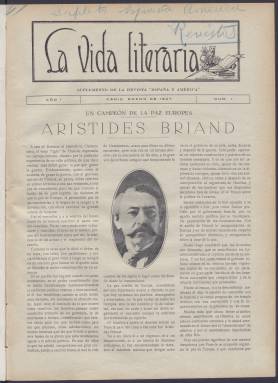
Título: La Vida literaria (Cádiz)
Colección: Literatura
Ámbito geográfico: Cádiz
Lugar de publicación: Cádiz
Fechas: 01/01/1927-30/06/1936

Esta revista mensual aparecida en 1927 era el suplemento literario de otra titulada España y América que buscaba un acercamiento y una mejora de relaciones de todo tipo entre la Península y las repúblicas del otro lado del Atlántico. El director de ambas publicaciones era Eduardo de Ory, literato de vocación americanista y amigo de escritores hispanoamericanos que participó también en otras iniciativas culturales en su Cádiz natal.

 La vida literaria era continuación de Literatura hispano-americana, el primer suplemento que tuvo la revista España y América y en el que había colaborado el poeta Rubén Darío, entre otros personajes hispanoamericanos, dado que ambos suplementos prestarían más atención a la vida intelectual latinoamericana que a la propiamente española.

  Eduardo de Ory fue autor de catorce libros de poesía, entre otras obras en prosa, y fundó las revistas modernistas Azul y Diana. Estudió la vida y obra de su amigo Rubén Darío y dedicó trabajos a otros poetas como Amado Nervo. En la revista solía escribir con el seudónimo de Zahorí.

La vida literaria constaba de 12 páginas y en su portada figuraba normalmente el retrato de un escritor o escritora a quien se dedicaba la información principal. Así, por ejemplo, en el número 3 podemos ver a Rubén Darío, a quien ya le se había dedicado una amplia información en marzo de 1916, en el anterior suplemento, con motivo de su muerte en Nicaragua. Y en el número 4 de abril de 1927 la fotografía y la portada está dedicada a la escritora Concha Espina.

En la revista pueden encontrarse diversas piezas literarias y en especial una sección titulada Poetas contemporáneos que recoge composiciones de autores en muchas ocasiones desconocidos o poco conocidos.

 Otras secciones más o menos fijas de la publicación es una con el título de Miscelánea, con noticias del mundo cultural y artístico español y sobre todo hispanoamericano, y Casos y Cosas, sección dedicada a contar curiosidades y chismes del mundillo literario. La revista se cerraba con una o dos páginas de bibliografía en la que se informaba de la producción editorial a ambos lados del Atlántico.

El último número de La vida literaria que posee la BNE es el de junio de 1936, pero es probable que fuera el último que se editara debido al inicio de la Guerra Civil al mes siguiente. De hecho, el último número de revista matriz, España y América, es también de junio de 1936.

[Descripción publicada el 9/05/2023]